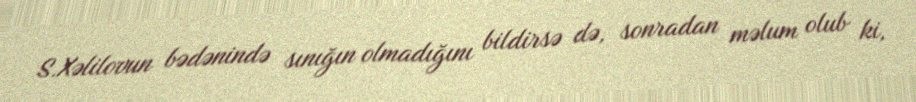
S.Xəlilovun bədənində sınığın olmadığını bildirsə də, sonradan məlum olub ki,